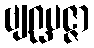
ဗျဂ္ဃပဇ္ဇာ